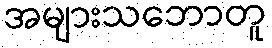
အများသဘောတူ